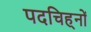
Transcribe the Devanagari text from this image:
पदचिह्‌नों